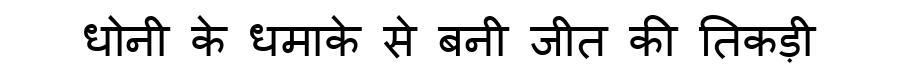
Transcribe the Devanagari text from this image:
धोनी के धमाके से बनी जीत की तिकड़ी